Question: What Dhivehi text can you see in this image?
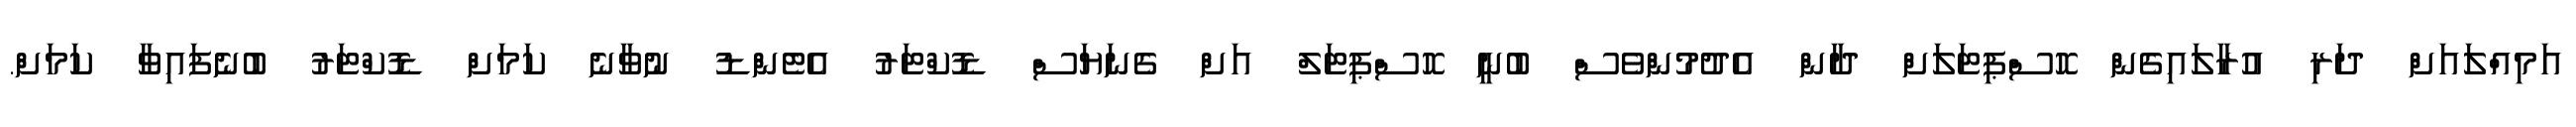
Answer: އަމިއްލައަށް ދަރި އުރާލައިގެން ހޮސްޕިޓަލަށް ދާން އެދުމުންވެސް ބުނީ ހޮސްޕިޓަލް އަށް ގެނަޔަސް ޑޮކްޓަރު އެޓެންޑު ނުވާނެ ކަމަށް ޑޮކްޓަރު ބުނެފައިވާ ކަމަށް.